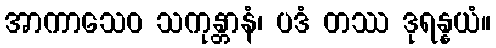
အာကာသေဝ သကုန္တာနံ၊ ပဒံ တဿ ဒုရန္နယံ။